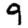
Digit: 9